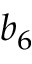
b _ { 6 }